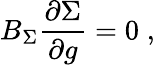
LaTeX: B_{\Sigma}\frac{\partial\Sigma}{\partial g}=0\; ,